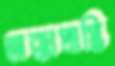
অক্কাপ্রাপ্তি